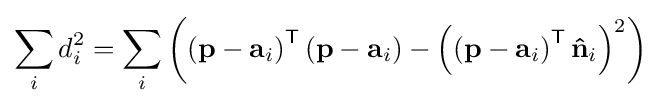
\sum _{i}d_{i}^{2}=\sum _{i}\left({\left(\mathbf {p} -\mathbf {a} _{i}\right)^{\mathsf {T}}}\left(\mathbf {p} -\mathbf {a} _{i}\right)-{\left(\left(\mathbf {p} -\mathbf {a} _{i}\right)^{\mathsf {T}}\mathbf {\hat {n}} _{i}\right)^{2}}\right)